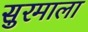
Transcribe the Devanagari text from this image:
सुरमाला